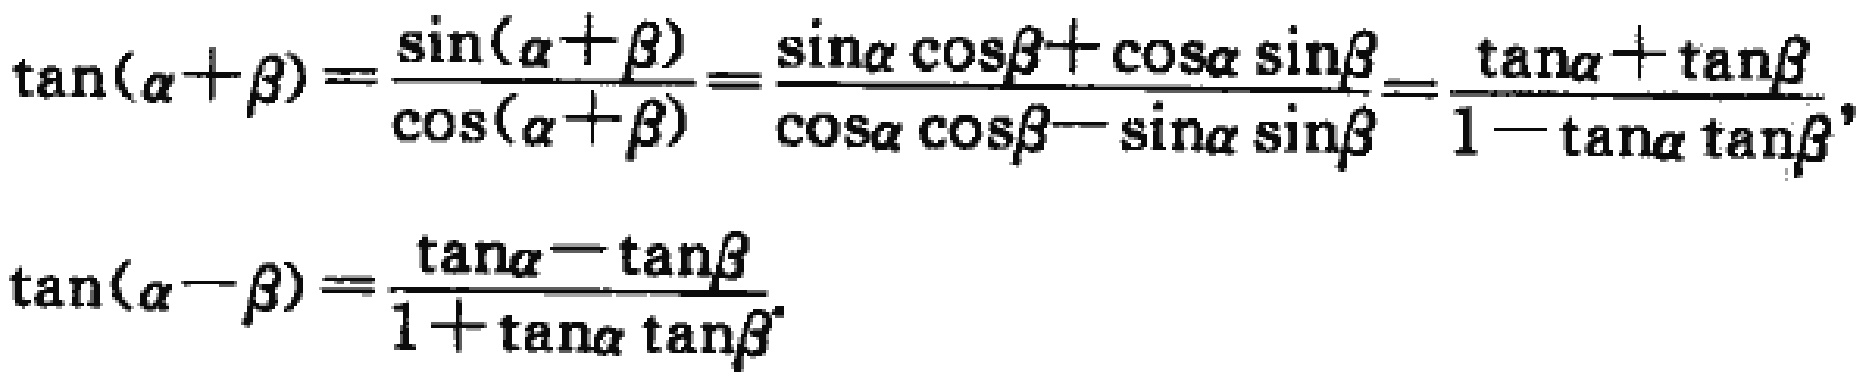
\[\tan(\alpha+\beta)=\frac{\sin(\alpha + \beta)}{\cos(\alpha+\beta)}=\frac{\sin\alpha\cos\beta+\cos\alpha\sin\beta}{\cos\alpha\cos\beta - \sin\alpha\sin\beta}=\frac{\tan\alpha+\tan\beta}{1 - \tan\alpha\tan\beta},\]

\[\tan(\alpha - \beta)=\frac{\tan\alpha-\tan\beta}{1+\tan\alpha\tan\beta}.\]